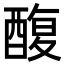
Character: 𮠸